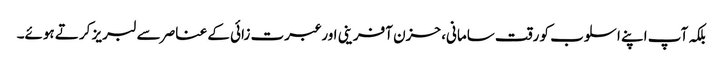
بلکہ آپ اپنے اسلوب کو رقت سامانی، حزن آفرینی اور عبرت زائی کے عناصر سے لبریز کرتے ہوئے۔